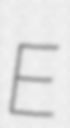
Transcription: E